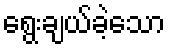
ရွေးချယ်ခဲ့သော